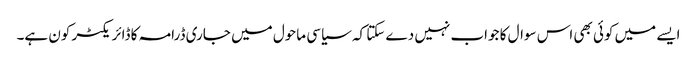
ایسے میں کوئی بھی اس سوال کا جواب نہیں دے سکتا کہ سیاسی ماحول میں جاری ڈرامہ کا ڈائریکٹر کون ہے۔